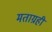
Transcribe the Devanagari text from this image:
मताग्रही